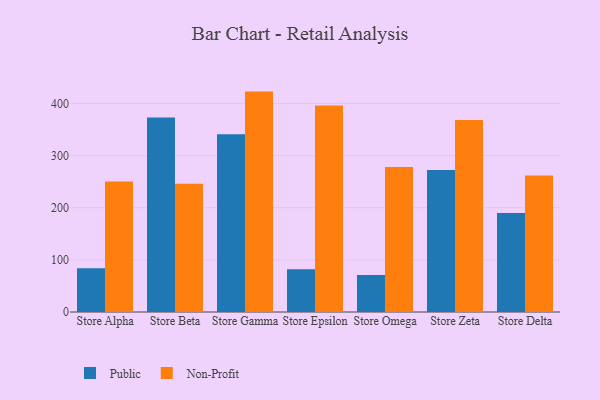
{"axis": {"x": "Store", "y": "Website Visitors"}, "legend": ["Non-Profit", "Public"], "data": [{"x": "Store Alpha", "y": 83.9, "type": "Public"}, {"x": "Store Alpha", "y": 250.4, "type": "Non-Profit"}, {"x": "Store Beta", "y": 372.9, "type": "Public"}, {"x": "Store Beta", "y": 245.9, "type": "Non-Profit"}, {"x": "Store Gamma", "y": 340.7, "type": "Public"}, {"x": "Store Gamma", "y": 422.7, "type": "Non-Profit"}, {"x": "Store Epsilon", "y": 82.1, "type": "Public"}, {"x": "Store Epsilon", "y": 396.1, "type": "Non-Profit"}, {"x": "Store Omega", "y": 70.9, "type": "Public"}, {"x": "Store Omega", "y": 278.2, "type": "Non-Profit"}, {"x": "Store Zeta", "y": 272.1, "type": "Public"}, {"x": "Store Zeta", "y": 368.0, "type": "Non-Profit"}, {"x": "Store Delta", "y": 189.9, "type": "Public"}, {"x": "Store Delta", "y": 261.7, "type": "Non-Profit"}]}